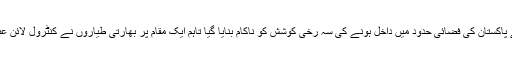
ڈی جی آئی ایس پی آر میجر جنرل آصف غفور نے کہا ہے کہ گزشتہ روز بھارت کی طرف سے پاکستان کی فضائی حدود میں داخل ہونے کی سہ رخی کوشش کو ناکام بنایا گیا تاہم ایک مقام پر بھارتی طیاروں نے کنٹرول لائن عبور کی اور پاک فضائیہ کے تعاقب پر گھبراہٹ اور بدحواسی میں اپنے بم پھینک کر بھاگ گئے۔